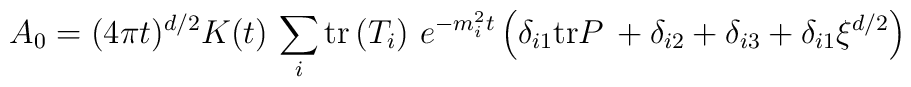
A_{0}=(4\pi t)^{d/2}K(t)\,\sum_{i}{\rm tr}\left( T_{i}\right)\,e^{-m_{i}^{2}t}\left( \delta _{i1}{\rm tr}P\,+\delta _{i2}+\delta_{i3}+\delta _{i1}\xi ^{d/2}\right)